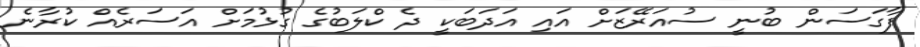
ފާގަސަން ބުނީ ސުއަރޭޒަށް އައި އަދަބަކީ ދެ ކްލަބުގެ ގުޅުމަށް އަސަރެއް ކުރާނެ